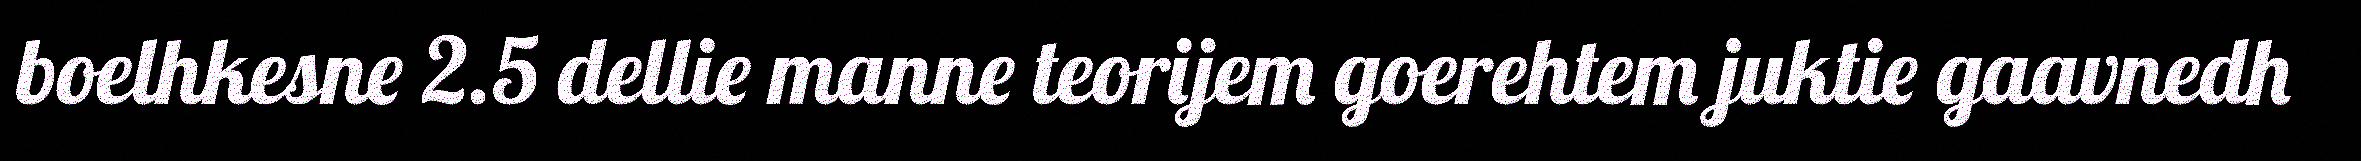
boelhkesne 2.5 dellie manne teorijem goerehtem juktie gaavnedh